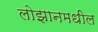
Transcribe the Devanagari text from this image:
लोझानमधील